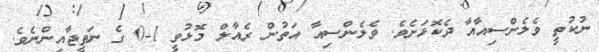
ނުކުތީ ވެލެންސިއާއާ ދެކޮޅަށެވެ. ވެލެންސިއާ އަތުން ރެއާލް މޮޅުވީ 1-0 ގެ ނަތީޖާއިންނެވެ.